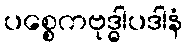
ပစ္စေကဗုဒ္ဓါပဒါနံ